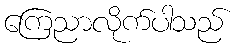
ကြေညာလိုက်ပါသည်